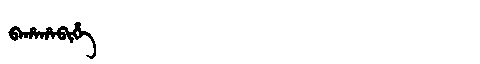
Manchu: ᠪᠠᡥᠠᡥᠠᠪᡳᡥᡝ
Romanization: BAHAHABIHE